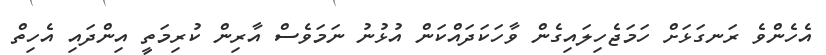
އެހެންވެ ރަނގަޅަށް ހަމަޖެހިލައިގެން ވާހަކަދައްކަން އުޅުނު ނަމަވެސް އާރިން ކުރިމަތީ އިންދައި އެހިތް